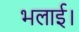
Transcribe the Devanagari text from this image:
भलाई।